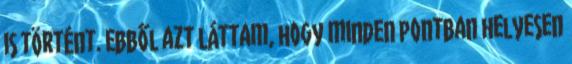
is történt. Ebből azt láttam, hogy minden pontban helyesen